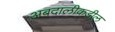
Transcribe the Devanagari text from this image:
अबदालीकडील